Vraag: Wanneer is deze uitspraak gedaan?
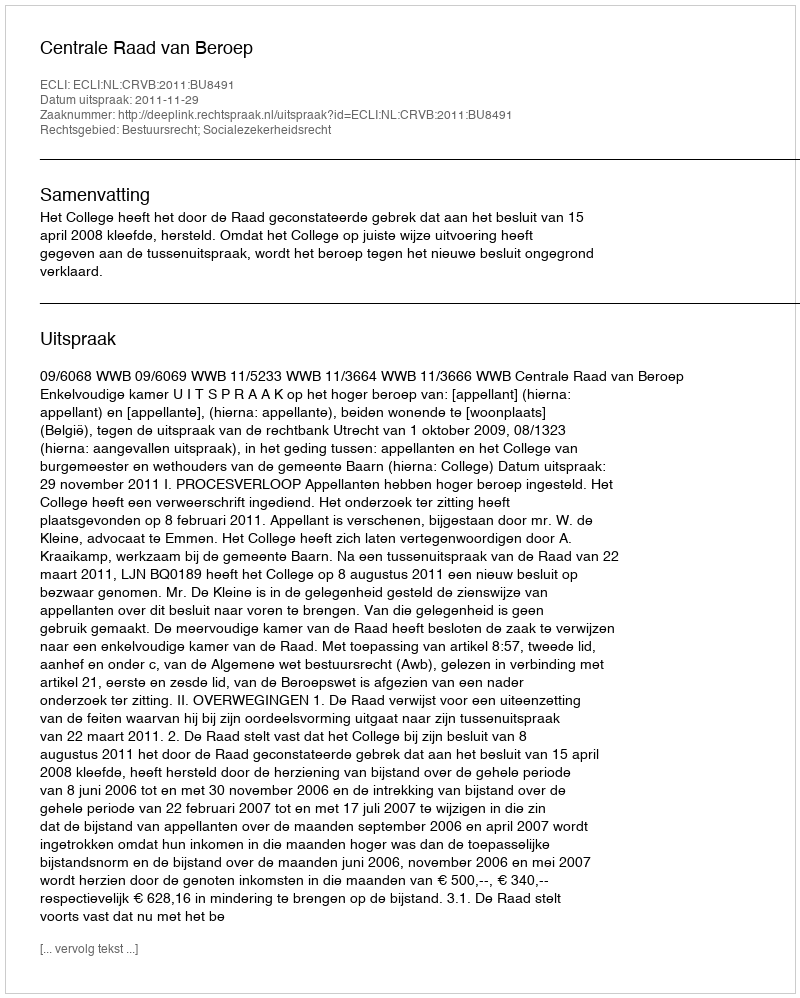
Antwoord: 2011-11-29